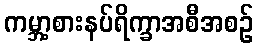
ကမ္ဘာ့စားနပ်ရိက္ခာအစီအစဉ်